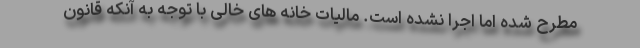
مطرح شده اما اجرا نشده است. مالیات خانه های خالی با توجه به آنکه قانون